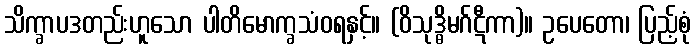
သိက္ခာပဒတည်းဟူသော ပါတိမောက္ခသံဝရနှင့်။ (ဝိသုဒ္ဓိမဂ်ဋီကာ)။ ဥပေတော၊ ပြည့်စုံ